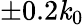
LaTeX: \pm0.2\mathit{k}_{0}